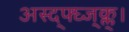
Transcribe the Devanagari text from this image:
अस्द्फ्घ्ज्क्ल्।